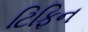
ટિફિન